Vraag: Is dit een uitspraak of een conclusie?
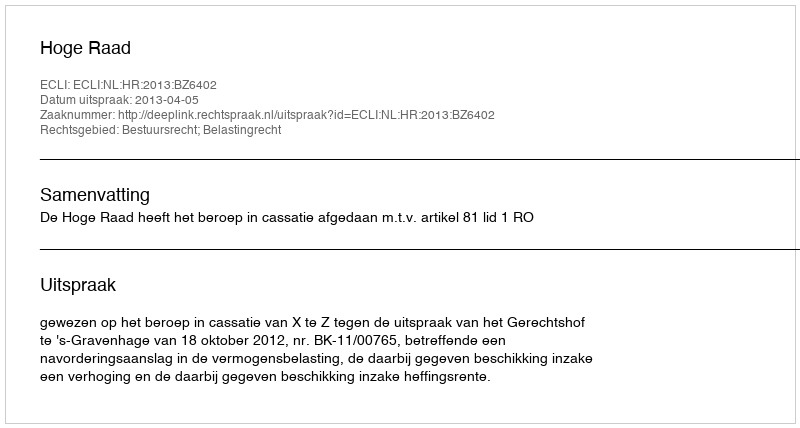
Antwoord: Uitspraak